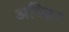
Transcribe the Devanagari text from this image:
अध्किर